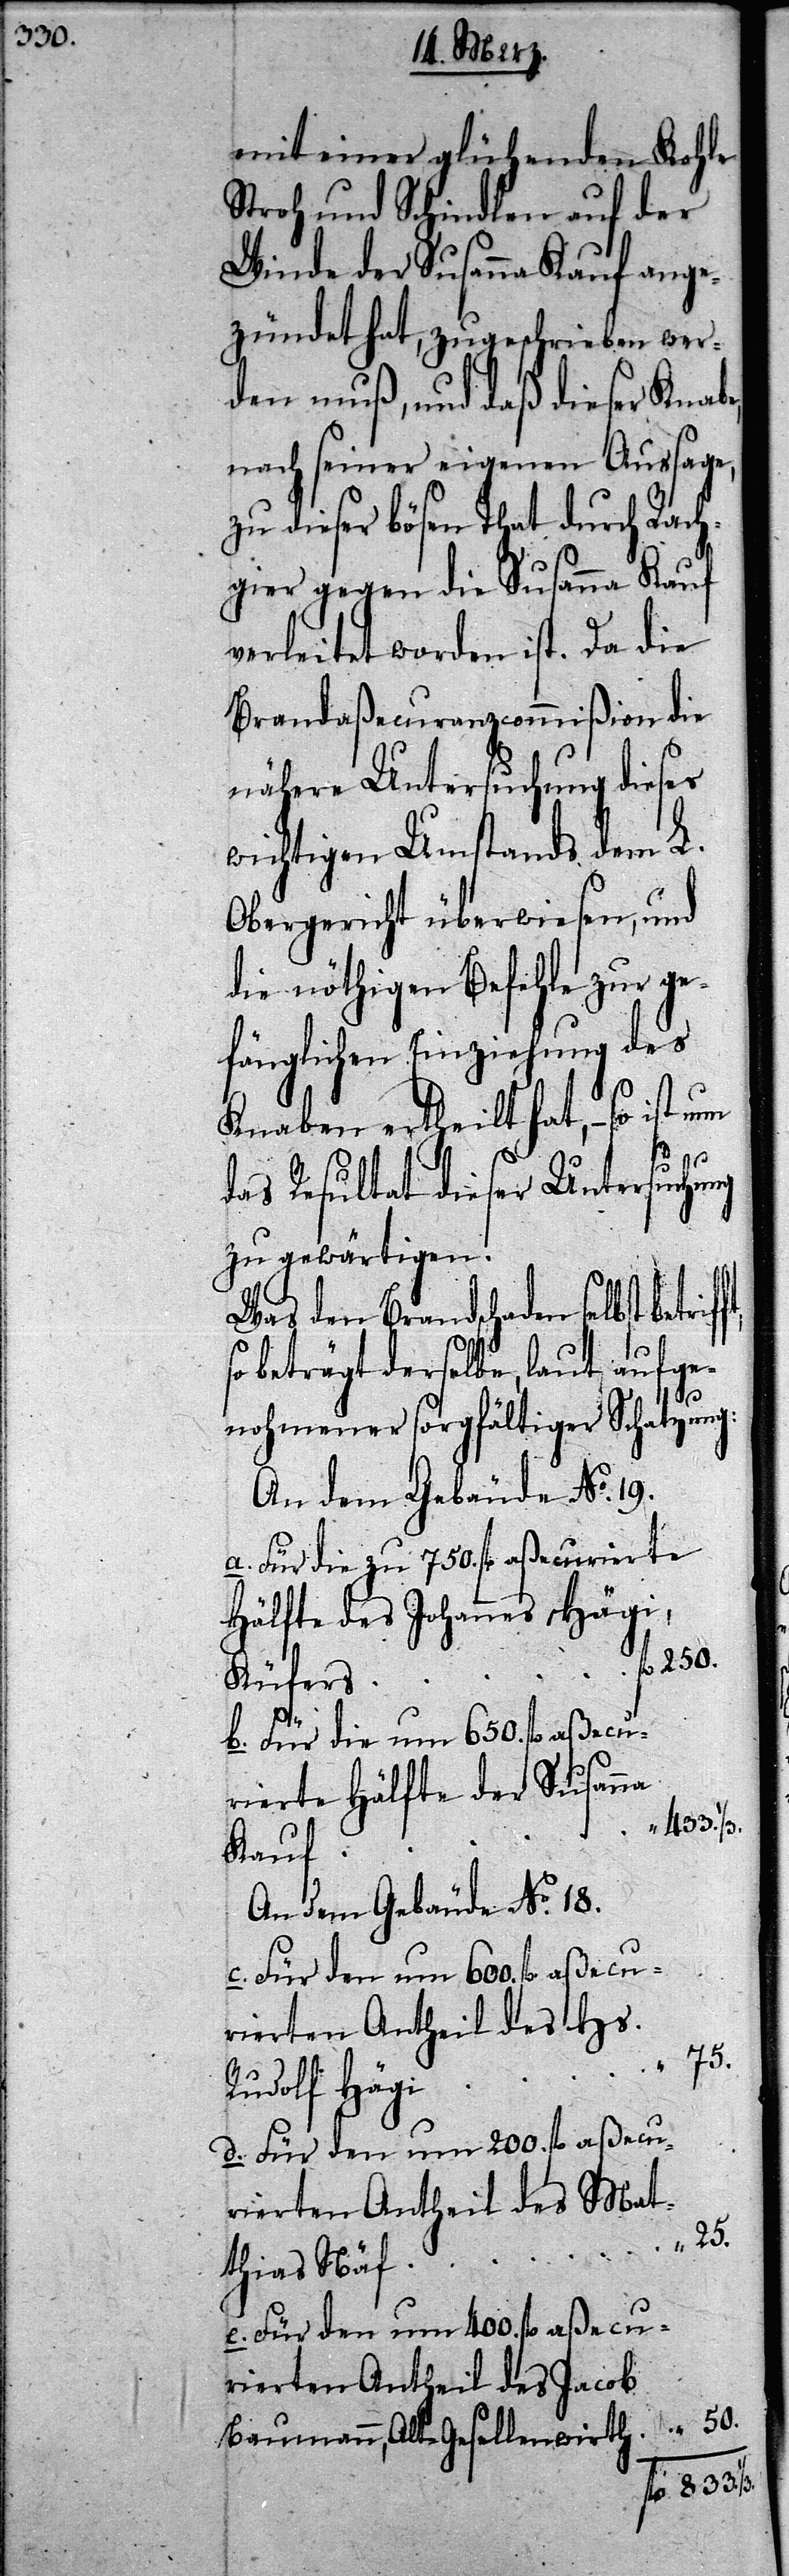
mit einer glühenden Kohle
Stroh und Schindlen auf der
Winde der Susanna Kauf ange¬
zündet hat, zugeschrieben wer¬
den muß, und daß dieser Knabe,
nach seiner eigenen Aussage,
zu dieser bösen That durch Rach¬
gier gegen die Susanna Kauf
verleitet worden ist. Da die
Brandaßecuranzcommißion die
nähere Untersuchung dieses
wichtigen Umstands dem L.
Obergericht überwiesen, und
die nöthigen Befehle zur ge¬
fänglichen Einziehung des
Knaben ertheilt hat, so ist nun
das Resultat dieser Untersuchung
zu gewärtigen.
Was den Brandschaden selbst
so beträgt derselbe, laut aufge¬
1/3.
nohmener sorgfältiger Schatzung:
An dem Gebäude No. 19.
a. Für die zu 750. fl. aßecurierte
Hälfte des Johannes Hägi,
Küfers
b. Für die um 650. fl. aßecu¬
rierte Hälfte der Susanna
Kauf
An dem Gebäude No. 18.
rierten Antheil des Hs.
75.
Rudolf Hägi
d. Für den um 200. fl. aßecu¬
rierten Antheil des Ma¬
25.
thias Näf
e. Für den um 400. fl. aßecu¬
rierten Antheil des Jacob
Baumann, Alt-Gesellenwirth